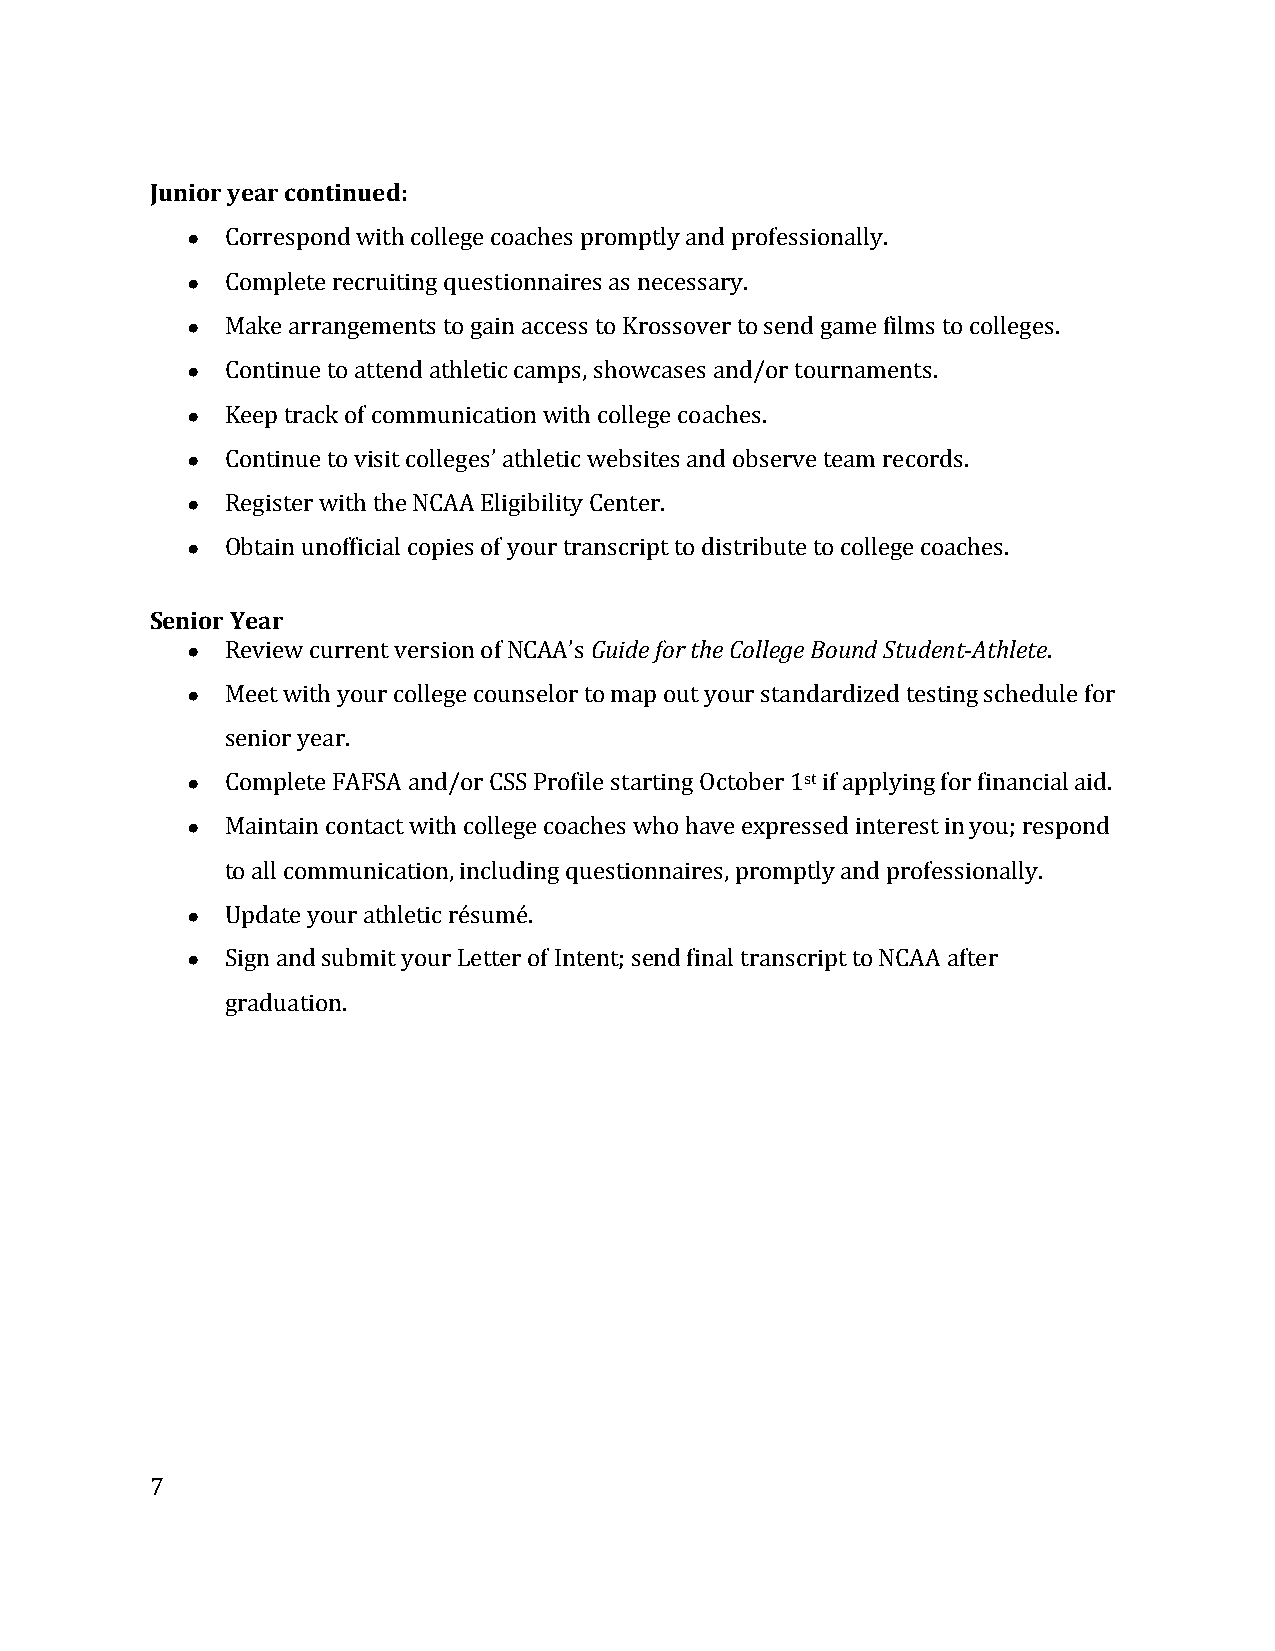
Junior year continued:
 ●  Correspond with college coaches promptly and professionally.
 ●  Complete recruiting questionnaires as necessary.
 ●  Make arrangements to gain access to Krossover to send game films to colleges.
 ●  Continue to attend athletic camps, showcases and/or tournaments.
 ●  Keep track of communication with college coaches.
 ●  Continue to visit colleges’ athletic websites and observe team records.
 ●  Register with the NCAA Eligibility Center.
 ●  Obtain unofficial copies of your transcript to distribute to college coaches.
 Senior Year
 ●  Review current version of NCAA’s Guide for the College Bound Student-­‐Athlete.
 ●  Meet with your college counselor to map out your standardized testing schedule for
 senior year.
 ●  Complete FAFSA and/or CSS Profile starting October 1st if applying for financial aid.
 ●  Maintain contact with college coaches who have expressed interest in you; respond
 to all communication, including questionnaires, promptly and professionally.
 ●  Update your athletic résumé.
 ●  Sign and submit your Letter of Intent; send final transcript to NCAA after
 graduation.
 7